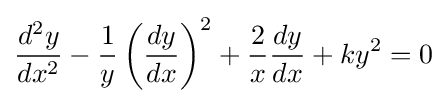
{\frac {d^{2}y}{dx^{2}}}-{\frac {1}{y}}\left({\frac {dy}{dx}}\right)^{2}+{\frac {2}{x}}{\frac {dy}{dx}}+ky^{2}=0